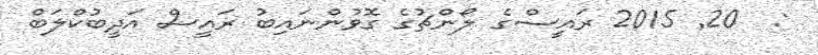
:  20